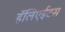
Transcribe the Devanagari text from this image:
हॅलिएईटस